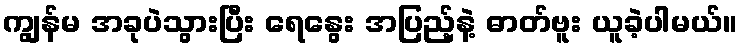
ကျွန်မ အခုပဲသွားပြီး ရေနွေး အပြည့်နဲ့ ဓာတ်ဗူး ယူခဲ့ပါမယ်။